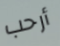
أرحب